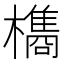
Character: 𭬥